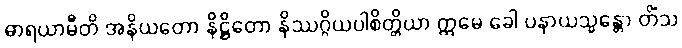
ဓာရယာမီတိ အနိယတော နိဋ္ဌိတော နိဿဂ္ဂိယပါစိတ္တိယာ ဣမေ ခေါ ပနာယသ္မန္တော တိံသ